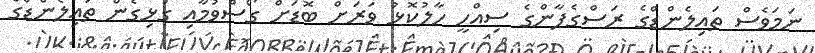
ނަމަވެސް ތައިލެންޑްގެ ރަސްގެފާންގެ ސިއްހީ ހާލުކޮޅު ވަރަށް ބޮޑަށް ގޯސްވުމާއި ގުޅިގެން ތައިލެންޑްގެ